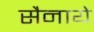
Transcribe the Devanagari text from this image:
सैनाये